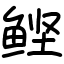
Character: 鲣